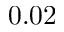
0 . 0 2